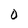
Character: O